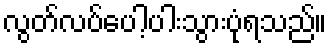
လွတ်လပ်ပေါ့ပါးသွားပုံရသည်။